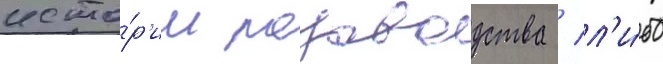
исто́р'ии розоводства / л'и́бо